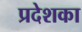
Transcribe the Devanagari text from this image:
प्रदेशका